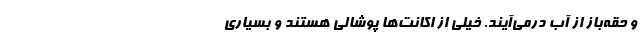
و حقه‌باز از آب درمی‌آیند. خیلی از اکانت‌ها پوشالی هستند و بسیاری